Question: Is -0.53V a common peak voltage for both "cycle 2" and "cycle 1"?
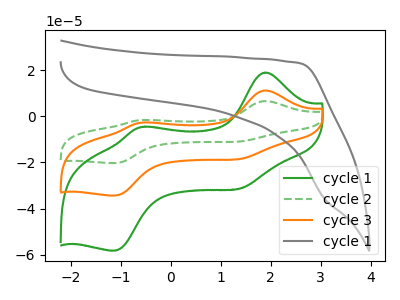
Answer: <think>The green curve "cycle 1" has anodic peaks at (1.90V, 19.00uA) (-0.55V, -4.50uA) and cathodic peaks at (1.45V, -30.85uA) (-1.10V, -58.15uA). The green dashed curve "cycle 2" has anodic peaks at (1.90V, 22.40uA) (-0.55V, -5.30uA) and cathodic peaks at (1.45V, -36.40uA) (-1.10V, -68.65uA). The orange curve "cycle 3" has anodic peaks at (1.90V, 11.20uA) (-0.55V, -2.65uA) and cathodic peaks at (1.45V, -18.20uA) (-1.10V, -34.35uA). The gray curve "cycle 1" has no peaks.</think>
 <answer>Yes, "cycle 2" and "cycle 1" share a peak at -0.53V.</answer>
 <eval>match</eval>